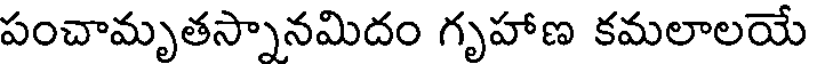
పంచామృతస్నానమిదం గృహాణ కమలాలయే